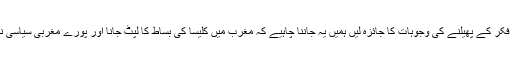
اس سے پہلے کہ ہم پاکستان اور مسلمان ممالک میں الحادی فکر کے پھیلنے کی وجوہات کا جائزہ لیں ہمیں یہ جاننا چاہیے کہ مغرب میں کلیسا کی بساط کا لپٹ جانا اور پورے مغربی سیاسی نظام پر سیکولر فکر کا غلبہ ہو جانا کوئی دور کی بات نہیں۔